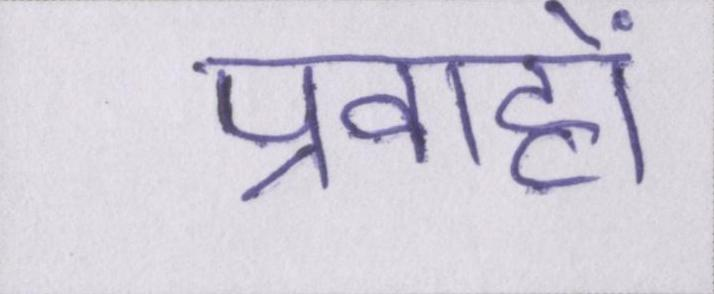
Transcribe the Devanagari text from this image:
प्रवाहों